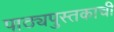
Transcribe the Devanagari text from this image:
पाठ्यपुस्तकाची